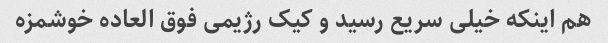
هم اینکه خیلی سریع رسید و کیک رژیمی فوق العاده خوشمزه